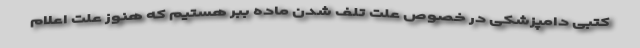
کتبی دامپزشکی در خصوص علت تلف شدن ماده ببر هستیم که هنوز علت اعلام